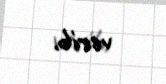
verib.